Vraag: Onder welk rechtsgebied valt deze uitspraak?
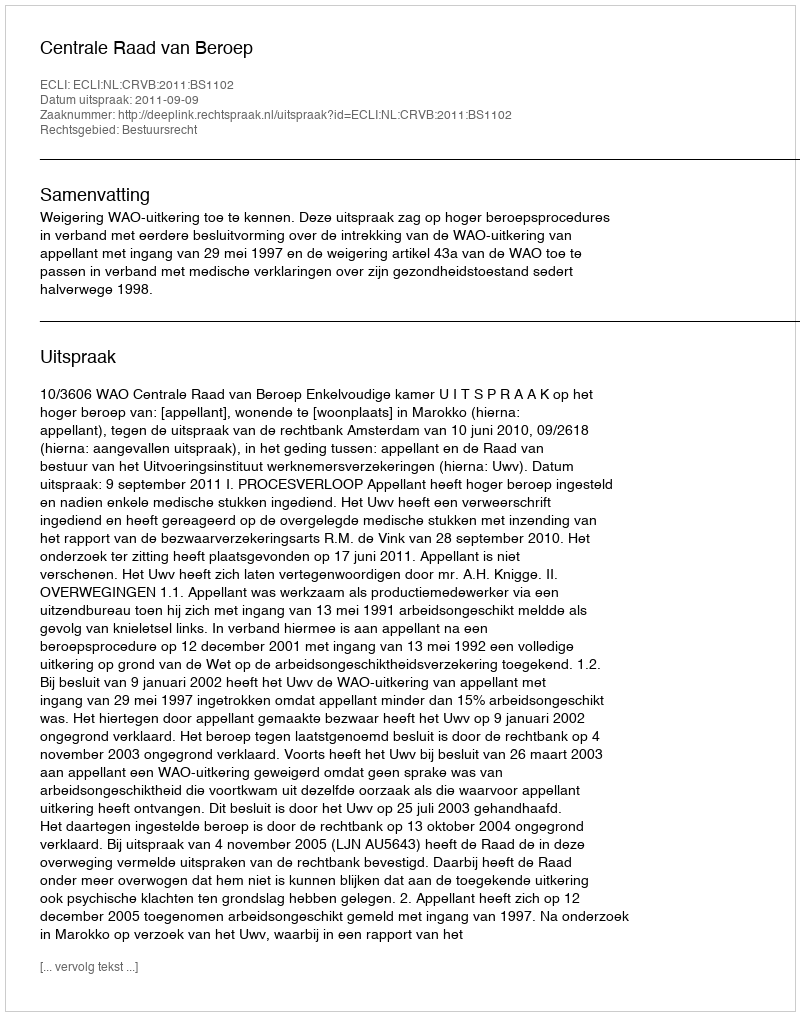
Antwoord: Bestuursrecht